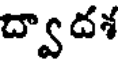
ద్వాదశ